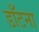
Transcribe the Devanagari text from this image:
डाँटना